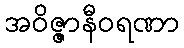
အဝိဇ္ဇာနီဝရဏာ